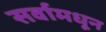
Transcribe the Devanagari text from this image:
सर्वामधून